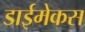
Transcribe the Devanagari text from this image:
डाईमेकस